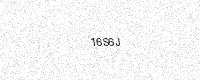
Text: 16S6J